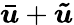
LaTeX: \boldsymbol{\bar{u}}+\boldsymbol{\tilde{u}}